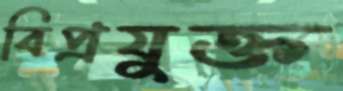
বিপ্রযুক্ত